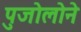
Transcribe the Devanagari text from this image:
पुजोलोने